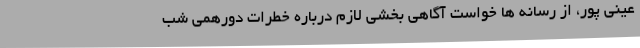
عینی پور، از رسانه ها خواست آگاهی بخشی لازم درباره خطرات دورهمی شب